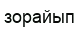
зорайып